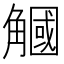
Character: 𧤯